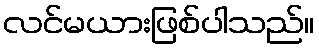
လင်မယားဖြစ်ပါသည်။